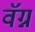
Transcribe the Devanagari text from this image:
वॅग्न